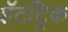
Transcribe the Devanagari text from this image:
हॅटट्रिक